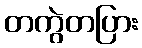
တကွဲတပြား